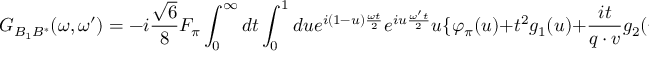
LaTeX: G _ { B _ { 1 } B ^ { \ast } } ( \omega , \omega ^ { \prime } ) = - i { \frac { \sqrt { 6 } } { 8 } } F _ { \pi } \int _ { 0 } ^ { \infty } d t \int _ { 0 } ^ { 1 } d u e ^ { i ( 1 - u ) { \frac { \omega t } { 2 } } } e ^ { i u { \frac { \omega ^ { \prime } t } { 2 } } } u \{ \varphi _ { \pi } ( u ) + t ^ { 2 } g _ { 1 } ( u ) + { \frac { i t } { q \cdot v } } g _ { 2 } ( u ) + { \frac { i t } { 6 } } \mu _ { \pi } \varphi _ { \sigma } ( u ) \} + \cdots \; ,